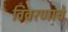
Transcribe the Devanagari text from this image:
विवरणाचे